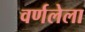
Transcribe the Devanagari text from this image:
वर्णलेला